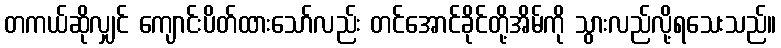
တကယ်ဆိုလျှင် ကျောင်းပိတ်ထားသော်လည်း တင်အောင်ခိုင်တို့အိမ်ကို သွားလည်လို့ရသေးသည်။